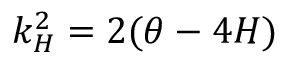
k _ { H } ^ { 2 } = 2 ( \theta - 4 H )